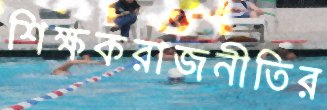
শিক্ষকরাজনীতির